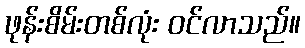
ဖုန်းစိမ်းတစ်လုံး ဝင်လာသည်။